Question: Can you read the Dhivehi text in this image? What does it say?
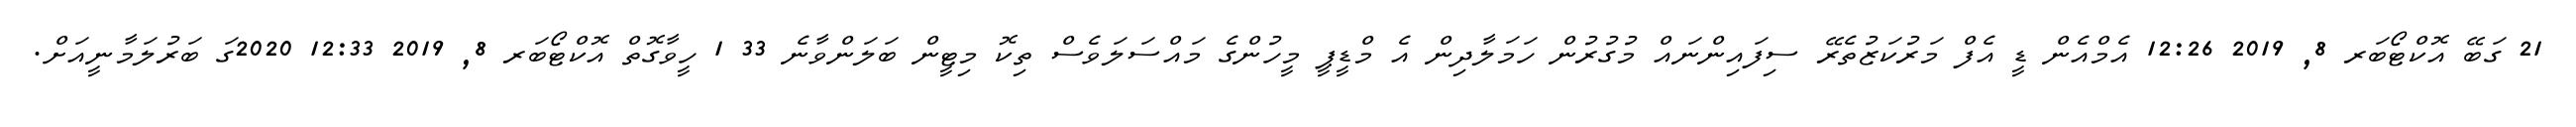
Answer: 21 ގަބޭ އޮކްޓޯބަރ 8, 2019 12:26 އެމްއެން ޑީ އެފް މަރުކަޒުތެރޭ ސިފައިންނައް މުގުރުން ހަމަލާދިން އެ މްޑީޕީ މީހުންގެ މައްސަލަވެސް ތިކޮ މިޓީން ބަލަންވާނެ 33 1 ހީވާގޮތް އޮކްޓޯބަރ 8, 2019 12:33 2020ގަ ބަރުލަމާނީއަށް.